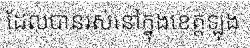
ដែលបានរស់នៅក្នុងខេត្តឡុង